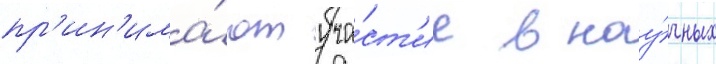
пр'ин'има́ют уча́ст'ие в нау́чных